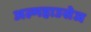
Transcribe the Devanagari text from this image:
अल्महाउसेज